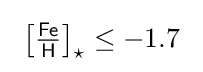
\ {\bigl [}{\tfrac {\mathsf {Fe}}{\mathsf {H}}}{\bigr ]}_{\star }\leq -1.7~